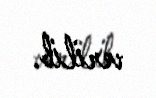
verilib.